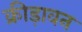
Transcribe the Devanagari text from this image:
क्रीड़ावन